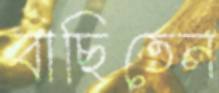
বাছিতেন